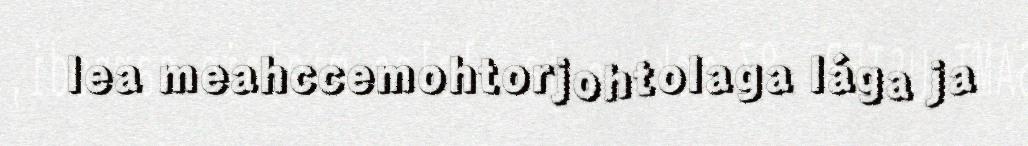
lea meahccemohtorjohtolaga lága ja